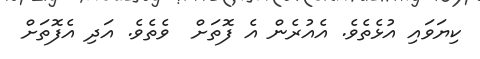
ކިޔަވައި އުޅެތެވެ. އެއުރެން އެ ފޮތަށް  ވެތެވެ. އަދި އެފޮތަށް